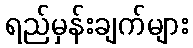
ရည်မှန်းချက်များ